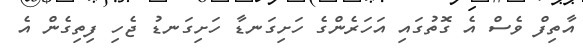
އާތިފް ވެސް އެ ގޮތުގައި އަހަރެންގެ ހަށިގަނޑާ ހަށިގަނޑު ޖެހި ފިތިގެން އެ